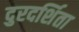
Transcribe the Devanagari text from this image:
दुरदर्शिता